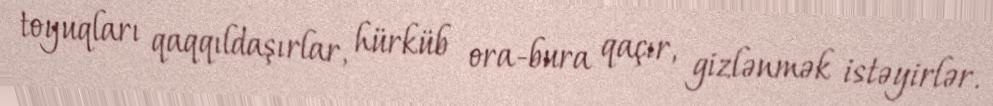
toyuqları qaqqıldaşırlar, hürküb ora-bura qaçır, gizlənmək istəyirlər.